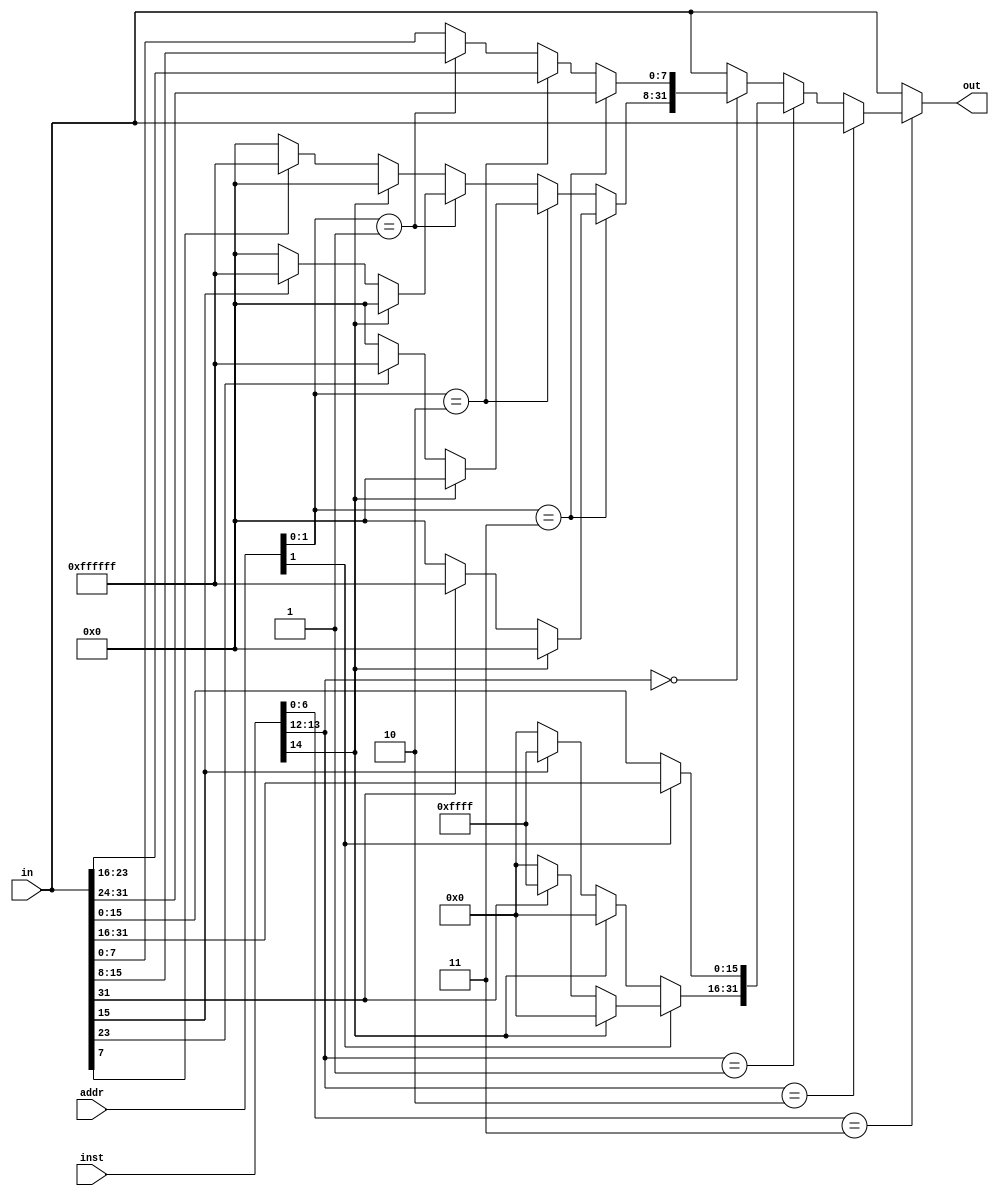
module load_extender(
    input [31:0] in,
    input [31:0] inst,
    input [31:0] addr,
    output reg [31:0] out
);
    /* 
        1. If inst is not a load operation (I-Type), then do whatever.
        2. If the instruction is a load type instruction (opcode is always 7'h03).
            - If it's a load word -> func3 is 010 -> return the entire input
            - If it's a half word -> func3 is 001 / 101 -> if addr[1] == 0, then first half [31:16], otherwise second half [15:0]
            - If it's a byte -> func3 is 000 / 100 -> if addr[1:0] = 0 [31:25], 1 [24:16] 2 [15:7] 3 [7:0]
        Extension -> Check top byte, extend on basis of it.
    */
    wire [2:0] func3;
    assign func3 = inst[14:12];

    wire [6:0] opc;
    assign opc = inst[6:0];

    always @(*) begin
        if (opc == 7'h03) begin // Load instruction
            if (func3[1:0] == 2'b10) begin // Load word
                out = in;
            end 
            else if (func3[1:0] == 2'b01) begin // Load half-word
                if (addr[1] == 1) begin // Load first half
                    out[15:0] = in[31:16];
                    if (func3[2] == 0) begin // Not unsigned
                        out[31:16] = in[31] ? 'hfffff : 'h0;
                    end else begin // Unsigned
                        out[31:16] = 'h0;
                    end
                end else begin // Load second half
                    out[15:0] = in[15:0];
                    if (func3[2] == 0) begin // Not unsigned
                        out[31:16] = in[15] ? 'hfffff : 'h0;
                    end else begin // Unsigned
                        out[31:16] = 'h0;
                    end
                end
            end
            else if (func3[1:0] == 2'b00) begin
                if (addr[1:0] == 2'b11) begin // Load first half
                    out[7:0] = in[31:24];
                    if (func3[2] == 0) begin // Not unsigned
                        out[31:8] = in[31] ? 'hfffffff : 'h0;
                    end else begin // Unsigned
                        out[31:8] = 'h0;
                    end
                end else if (addr[1:0] == 2'b10) begin // Load second half
                    out[7:0] = in[23:16];
                    if (func3[2] == 0) begin // Not unsigned
                        out[31:8] = in[23] ? 'hffffff : 'h0;                        
                    end else begin
                        out[31:8] = 'h0;
                    end
                end
                else if (addr[1:0] == 2'b01) begin // Load third half
                    out[7:0] = in[15:8];
                    if (func3[2] == 0) begin // Not unsigned
                        out[31:8] = in[15] ? 'hffffff : 'h0;
                    end else begin
                        out[31:8] = 'h0;
                    end
                end
                else begin
                    out[7:0] = in[7:0];
                    if (func3[2] == 0) begin // Not unsigned
                        out[31:8] = in[7] ? 'hffffff : 'h0;
                    end else begin
                        out[31:8] = 'h0;
                    end
                end
            end
            else begin
                out = in;
            end
        end else begin
            out = in;
        end
    end
endmodule